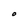
Character: O